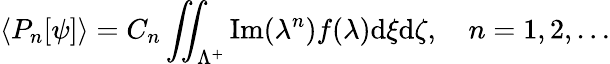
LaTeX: \langle P_{n}[\psi]\rangle=C_{n}\iint_{\Lambda^{+}}\mathrm{Im}(\lambda^{n})f(\lambda)\mathrm{d}\xi\mathrm{d}\zeta,\quad n=1,2,\dots